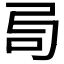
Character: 𠯶